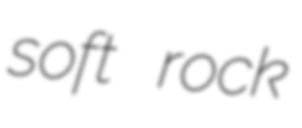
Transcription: soft rock